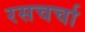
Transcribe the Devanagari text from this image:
रसचर्चा